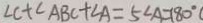
\angle C + \angle A B C + \angle A = 5 \angle A = 1 8 0 ^ { \circ }